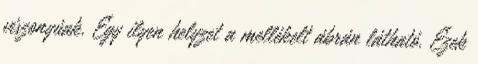
viszonyúak. Egy ilyen helyzet a mellékelt ábrán látható. Ezek